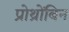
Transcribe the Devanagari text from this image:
प्रोथ्रोंबिन